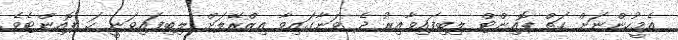
އެމީހުންނަށް ހަތް ޕޮއިންޓް ލިބިފައިވާއިރު ދެ ވަނާގައިވާ އިޒްރޭލަށް ލިބިފައިވަނީ ހަ ޕޮއިންޓެވެ.